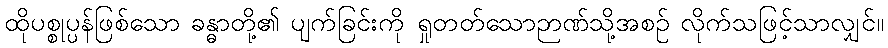
ထိုပစ္စုပ္ပန်ဖြစ်သော ခန္ဓာတို့၏ ပျက်ခြင်းကို ရှုတတ်သောဉာဏ်သို့အစဉ် လိုက်သဖြင့်သာလျှင်။